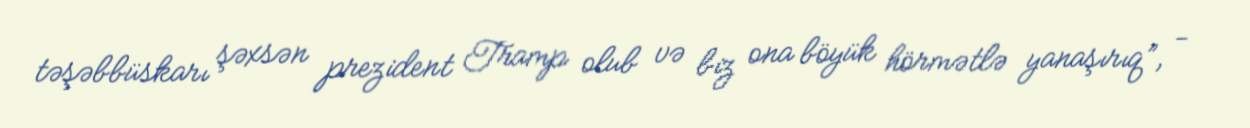
təşəbbüskarı şəxsən prezident Tramp olub və biz ona böyük hörmətlə yanaşırıq”, -